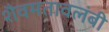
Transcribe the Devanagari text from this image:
शैवमतावलंबी